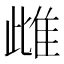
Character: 雌